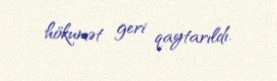
hökumət geri qaytarıldı.